Vaccination in the Punjab 1897-1904 - 1897-1904
Year: 1897
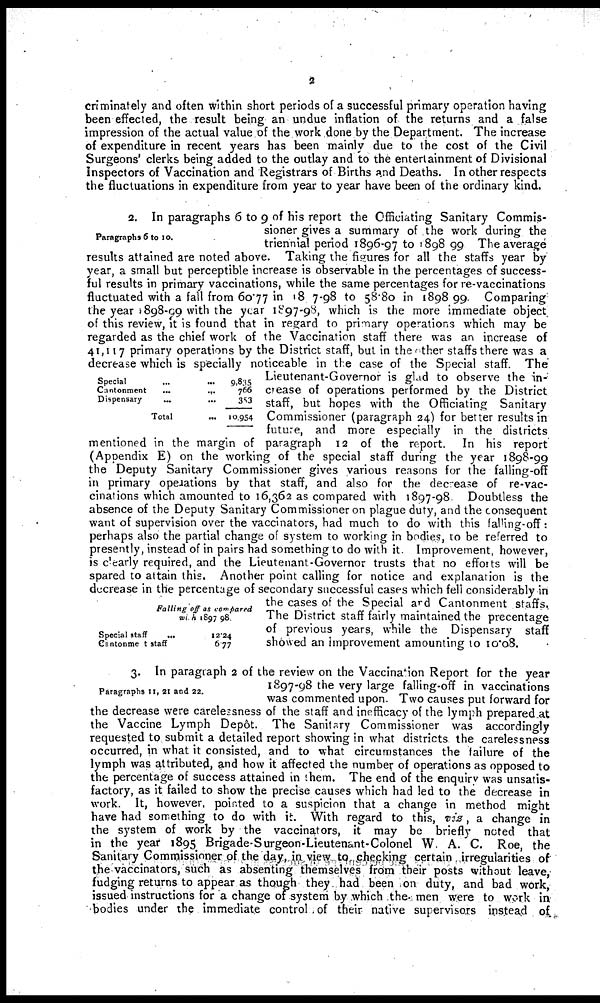
2
criminately and often within short periods of a successful primary operation having
been effected, the result being an undue inflation of the returns and a false
impression of the actual value of the work done by the Department. The increase
of expenditure in recent years has been mainly due to the cost of the Civil
Surgeons clerks being added to the outlay and to the entertainment of Divisional
Inspectors of Vaccination and Registrars of Births and Deaths. In other respects
the fluctuations in expenditure from year to year have been of the ordinary kind.
Paragraphs 6 to 10.
Special
...
...
Cantonment
...
...
Dispensary ... ...
Total ...
9,835
766
353
10,954
Falling off as compared
with 1897 98.
Special staff
...
Cantonment staff
12.24
6.77
2. In paragraphs 6 to 9 of his report the Officiating Sanitary Commis-
sioner gives a summary of the work during the
triennial period 1896-97 to 1898-99 The average
results attained are noted above. Taking the figures for all the staffs year by
year, a small but perceptible increase is observable in the percentages of success-
ful results in primary vaccinations, while the same percentages for re-vaccinations
fluctuated with a fall from 60.77 in 187-98 to 58.80 in 1898-99, Comparing:
the year 1898-99 with the year 1897-98, which is the more immediate object
of this review, it is found that in regard to primary operations which may be
regarded as the chief work of the Vaccination staff there was an increase of
41,117 primary operations by the District staff, but in the other staffs there was a
decrease which is specially noticeable in the case of the Special staff. The
Lieutenant-Governor is glad to observe the in¬
crease of operations performed by the District
staff, but hopes with the Officiating Sanitary
Commissioner (paragraph 24) for better results in
future, and more especially in the districts
mentioned in the margin of paragraph 12 of the report. In his report
(Appendix E) on the working of the special staff during the year 1898-99
the Deputy Sanitary Commissioner gives various reasons for the falling-off
in primary operations by that staff, and also for the decrease of re-vac-
cinations which amounted to 16,362 as compared with 1897-98. Doubtless the
absence of the Deputy Sanitary Commissioner on plague duty, and the consequent
want of supervision over the vaccinators, had much to do with this falling-off:
perhaps also the partial change of system to working in bodies, to be referred to
presently, instead of in pairs had something to do with it. Improvement, however,
is clearly required, and the Lieutenant-Governor trusts that no efforts will be
spared to attain this. Another point calling for notice and explanation is the
decrease in the percentage of secondary successful cases which fell considerably in
the cases of the Special and Cantonment staffs.
The District staff fairly maintained the precentage
of previous years, while the Dispensary staff
showed an improvement amounting to 10.08.
Paragraphs 11, 21 and 22.
3. In paragraph 2 of the review on the Vaccination Report for the year
1897-98 the very large falling-off in vaccinations
was commented upon. Two causes put forward for
the decrease were carelessness of the staff and inefficacy of the lymph prepared at
the Vaccine Lymph Depôt. The Sanitary Commissioner was accordingly
requested to submit a detailed report showing in what districts the carelessness
occurred, in what it consisted, and to what circumstances the failure of the
lymph was attributed, and how it affected the number of operations as opposed to
the percentage of success attained in them. The end of the enquiry was unsatis-
factory, as it failed to show the precise causes which had led to the decrease in
work. It, however, pointed to a suspicion that a change in method might
have had something to do with it. With regard to this, viz, a change in
the system of work by the vaccinators, it may be briefly noted that
in the year 1895 Brigade-Surgeon-Lieutenant-Colonel W. A. C. Roe, the
Sanitary Commissioner of the day, in view to checking certain irregularities of
the vaccinators, such as absenting themselves from their posts without leave,
fudging returns to appear as though they had been on duty, and bad work,
issued instructions for a change of system by which the men were to work in
bodies under the immediate control of their native supervisors instead of